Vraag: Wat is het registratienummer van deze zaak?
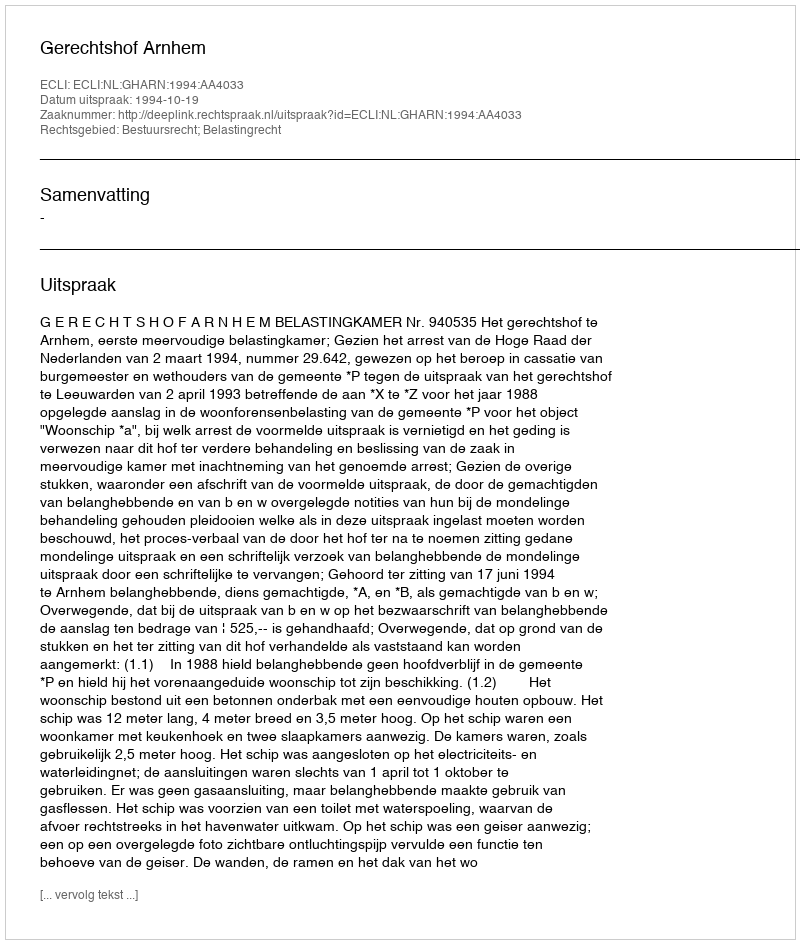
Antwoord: http://deeplink.rechtspraak.nl/uitspraak?id=ECLI:NL:GHARN:1994:AA4033